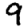
Digit: 9